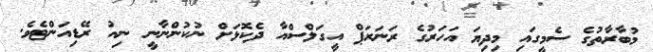
މުބާރާތުގެ ސެމީގައި މިދިޔަ އަހަރުގެ ރަނަރަޕް އީގަލްސްއާ ދެކޮޅަށް ނުކުންނާނީ ނިއު ރޭޑިއަންޓެވެ.